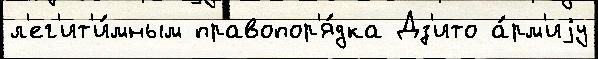
л'ег'ит'и́мным правопор'я́дка Дз'ито а́рм'иjу